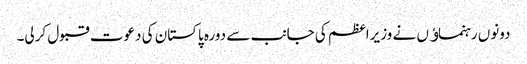
دونوں رہنماﺅں نے وزیراعظم کی جانب سے دورہ پاکستان کی دعوت قبول کرلی۔